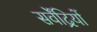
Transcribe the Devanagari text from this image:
सर्वेंद्रियों